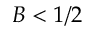
B < 1 / 2